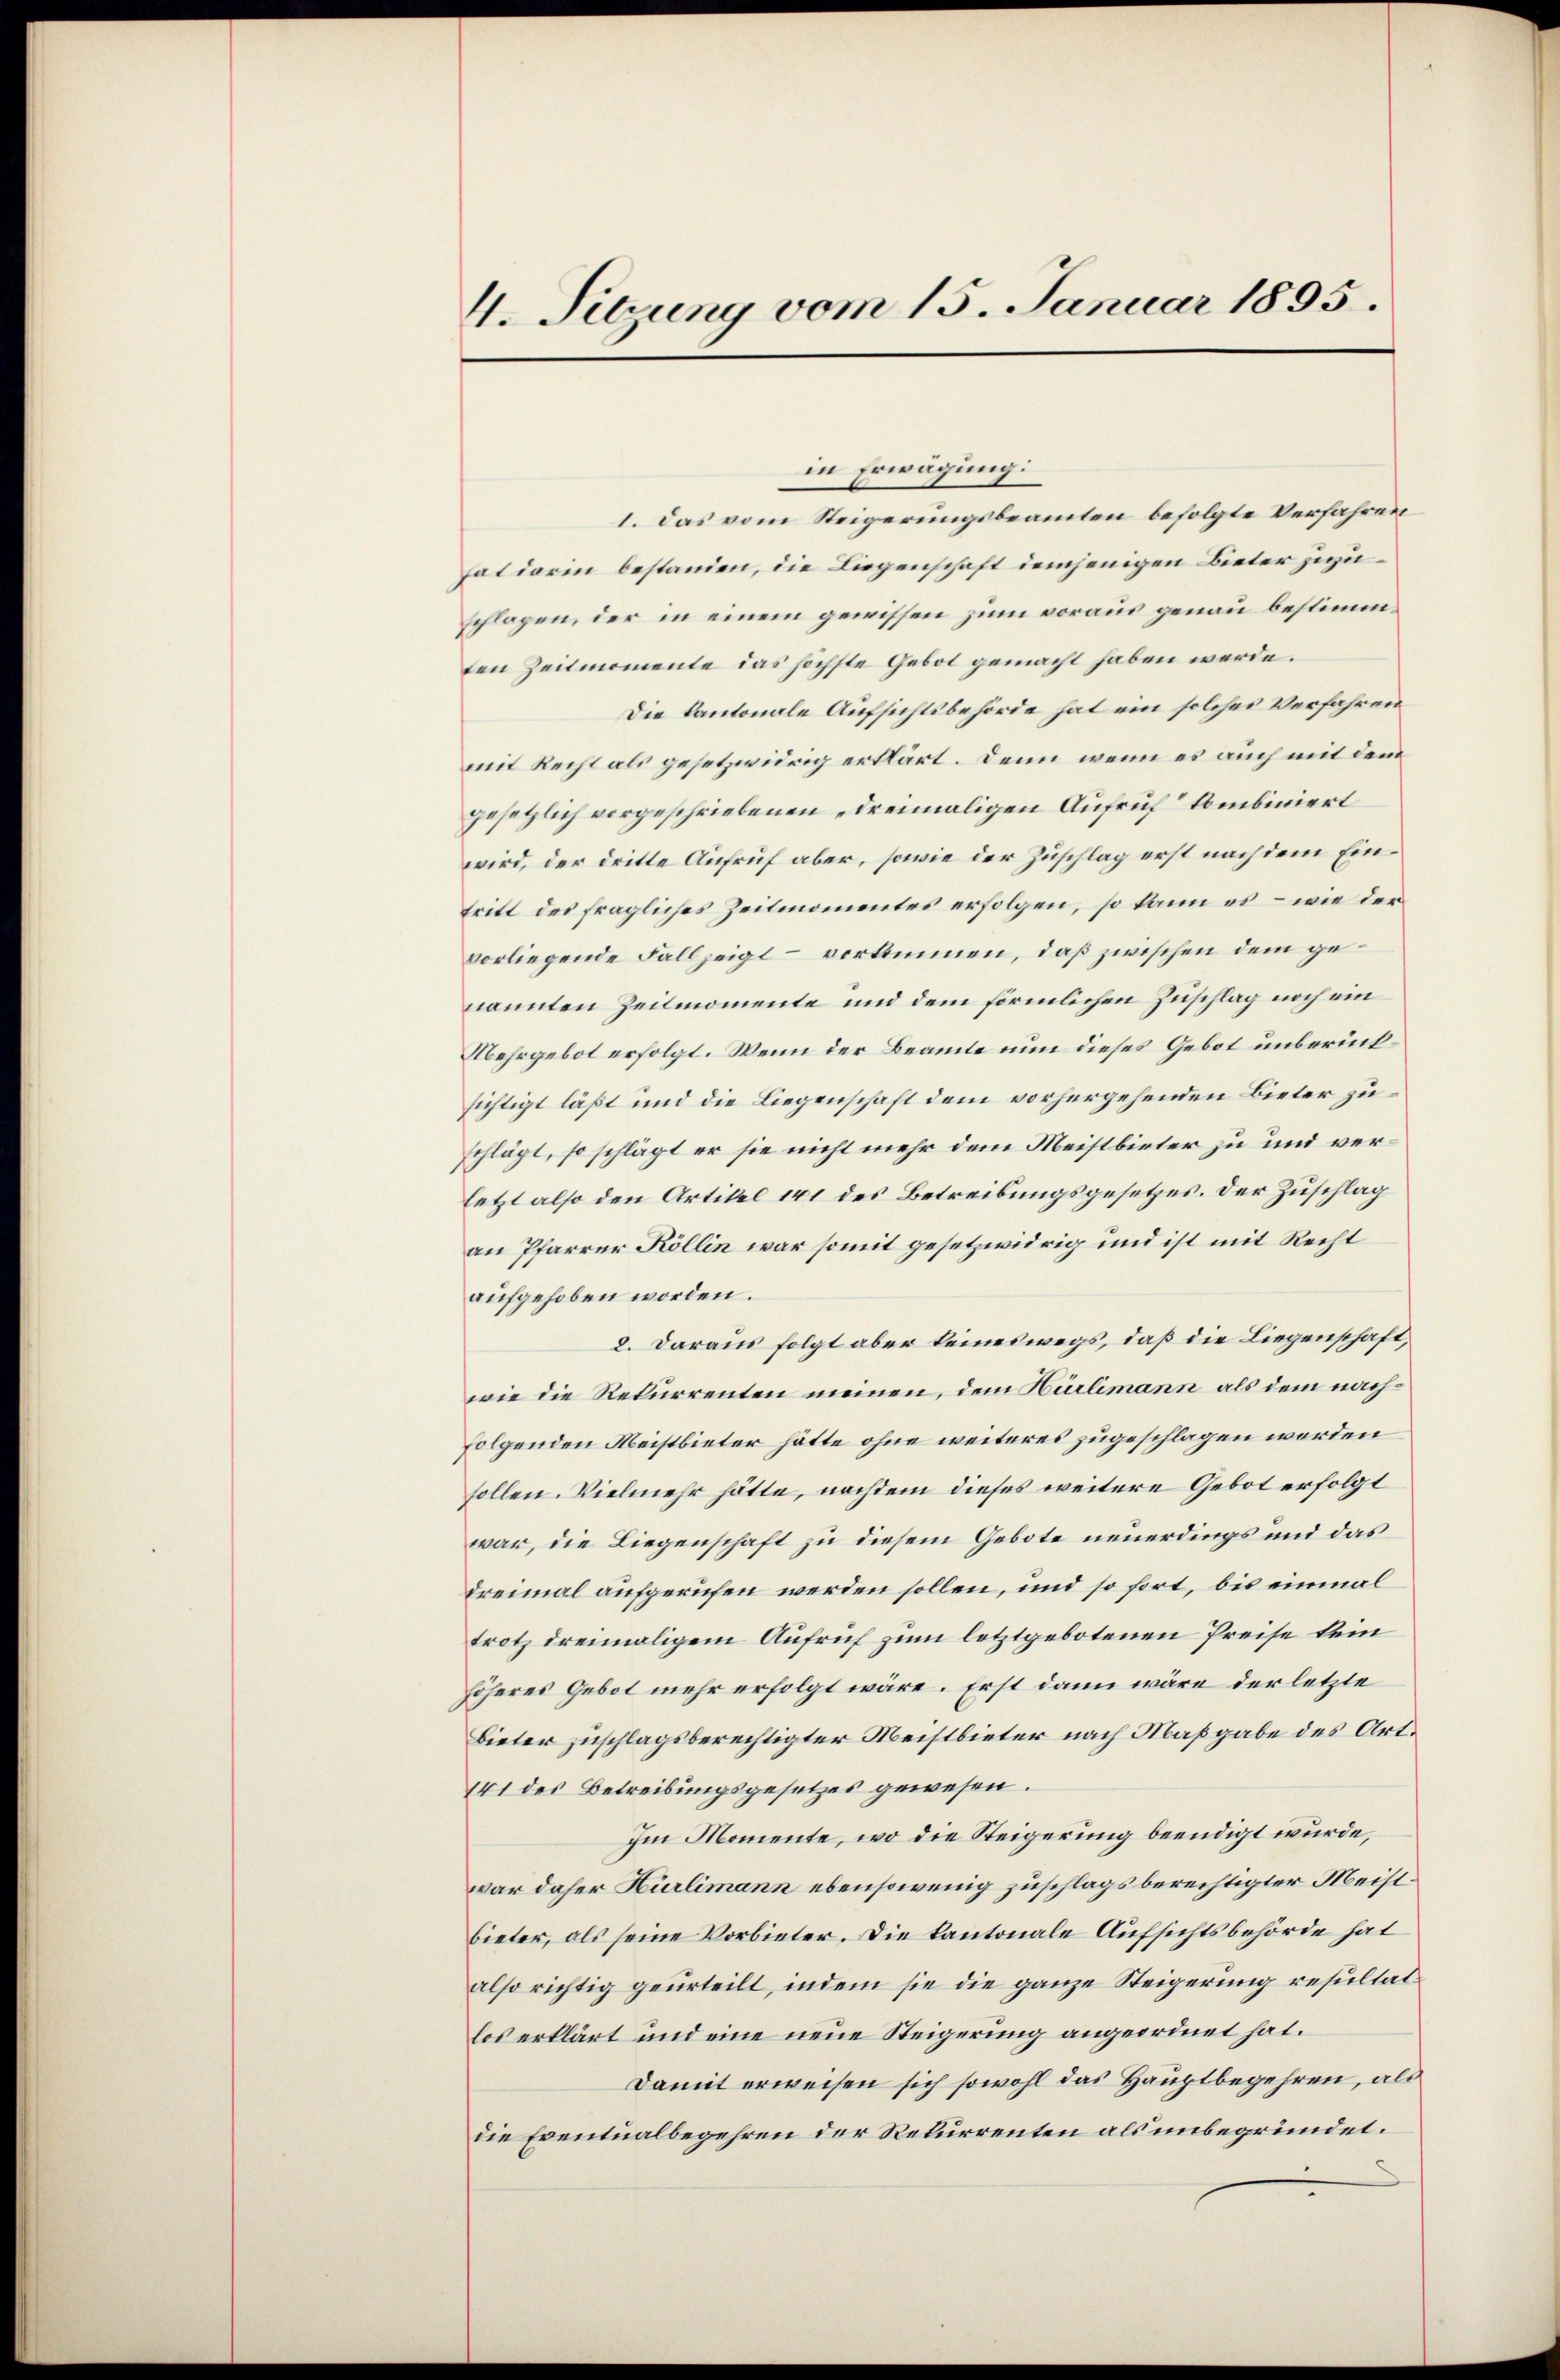
4. Sitzung vom 15. Januar 1895.

in Erwägung:
1. Das vom Steigerungsbeamten befolgte Verfahren
hat darin bestanden, die Liegenschaft demjenigen Bieter zuzuschlagen, der in einem gewissen zum voraus genau bestimmten Zeitmomente das höchste Gebot gemacht haben werde.
Die Kantonale Aufsichtsbehörde hat ein solches Verfahren
mit Recht als gesetzwidrig erklärt. Denn wenn es auch mit dem
gesetzlich vorgeschriebenen „dreimaligen Aufruf kombiniert
wird, der dritte Aufruf aber, sowie der Zuschlag erst nach dem Eintritt des fragliches Zeitmomentes erfolgen, so kann es – wie der
vorliegende Fallzeigt – verkommen, daß zwischen dem genannten Zeitmomente und dem förmlichen Zuschlag noch ein
Mehrgebot erfolgt. Wenn der Beamte nun dieses Gebot unberücksichtigt läßt und die Liegenschaft dem vorhergehenden Bieter zuschlägt, so schlägt er sie nicht mehr dem Meistbieter zu und verletzt also den Artikel 141 des Betreibungsgesetzes. Der Zuschlag
an Pfarrer Köllin war somit gesetzwidrig und ist mit Recht
aufgehoben worden.
2. Daraus folgt aber keineswegs, daß die Liegenschaft,
wie die Rekurrenten meinen, dem Hürlimann als dem nachfolgenden Meistbieter hätte ohne weiteres zugeschlagen worden
sollen. Vielmehr hätte, nachdem dieses weitere Gebot erfolgt
war, die Liegenschaft zu diesem Gebote neuerdings und das
dreimal aufgerufen werden sollen, und so fort, bis einmal
trotz dreimaligem Aufruf zum letztgebotenen Preise kein
höheres Gebot mehr erfolgt wäre. Erst dann wäre der letzte
Bieter zuschlagsberechtigter Meistbieter nach Maßgabe des Art.
141 des Betreibungsgesetzes gewesen.
Im Momente, wo die Steigerung beendigt wurde,
war daher Hürlimann ebensowenig zuschlags berechtigter Meistbieter, als seine Vorbieter. Die kantonale Aufsichtsbehörde hat
also richtig geurteilt, indem sie die ganze Steigerung resultat
los erklärt und eine neue Steigerung angeordnet hat.
Damit erweisen sich sowohl das Hauptbegehren, als
die Eventualbegehren der Rekurrenten als unbegründet.